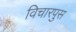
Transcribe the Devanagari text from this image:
विचारपुस